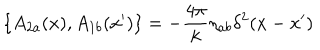
LaTeX: \{ A _ { 2 a } ( x ) , A _ { 1 b } ( x ^ { \prime } ) \} = - \frac { 4 \pi } { k } \eta _ { a b } \delta ^ { 2 } ( x - x ^ { \prime } )